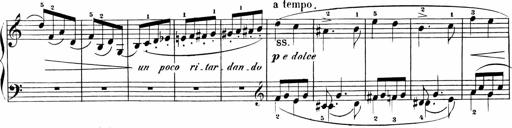
Title: Sonatinas
Composer: Andrew Violette